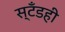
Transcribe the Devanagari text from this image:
स्टँडही